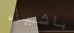
باشياء